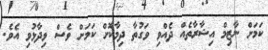
ކަމަށް ނާޒިމް އިޝާރާތެއް ދެއްވި ވަގުތާ ދިމާކޮށް ކަމަށް ވެސް ވިދާޅުވި އެވެ.